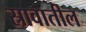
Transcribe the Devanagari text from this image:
स्रावातील